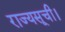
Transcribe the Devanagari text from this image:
राज्यसूची।